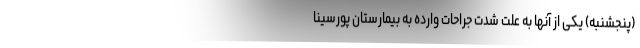
(پنجشنبه) یکی از آنها به علت شدت جراحات وارده به بیمارستان پورسینا